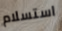
استسلام